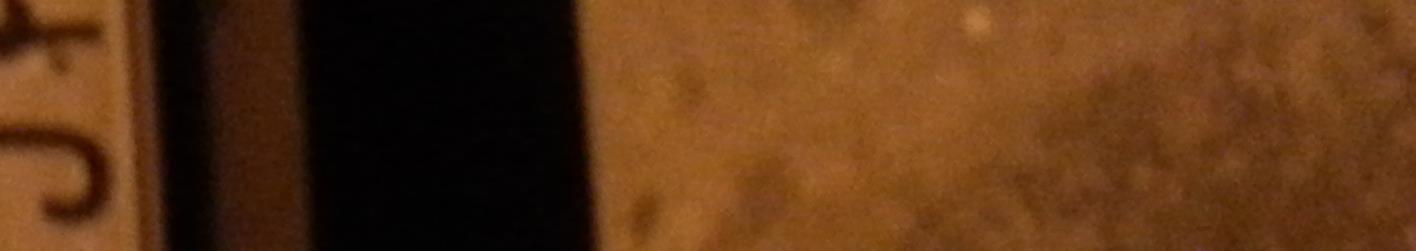
۱‍۸ل۴۲۲۸۸